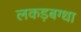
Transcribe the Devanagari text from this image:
लकड़बग्धा